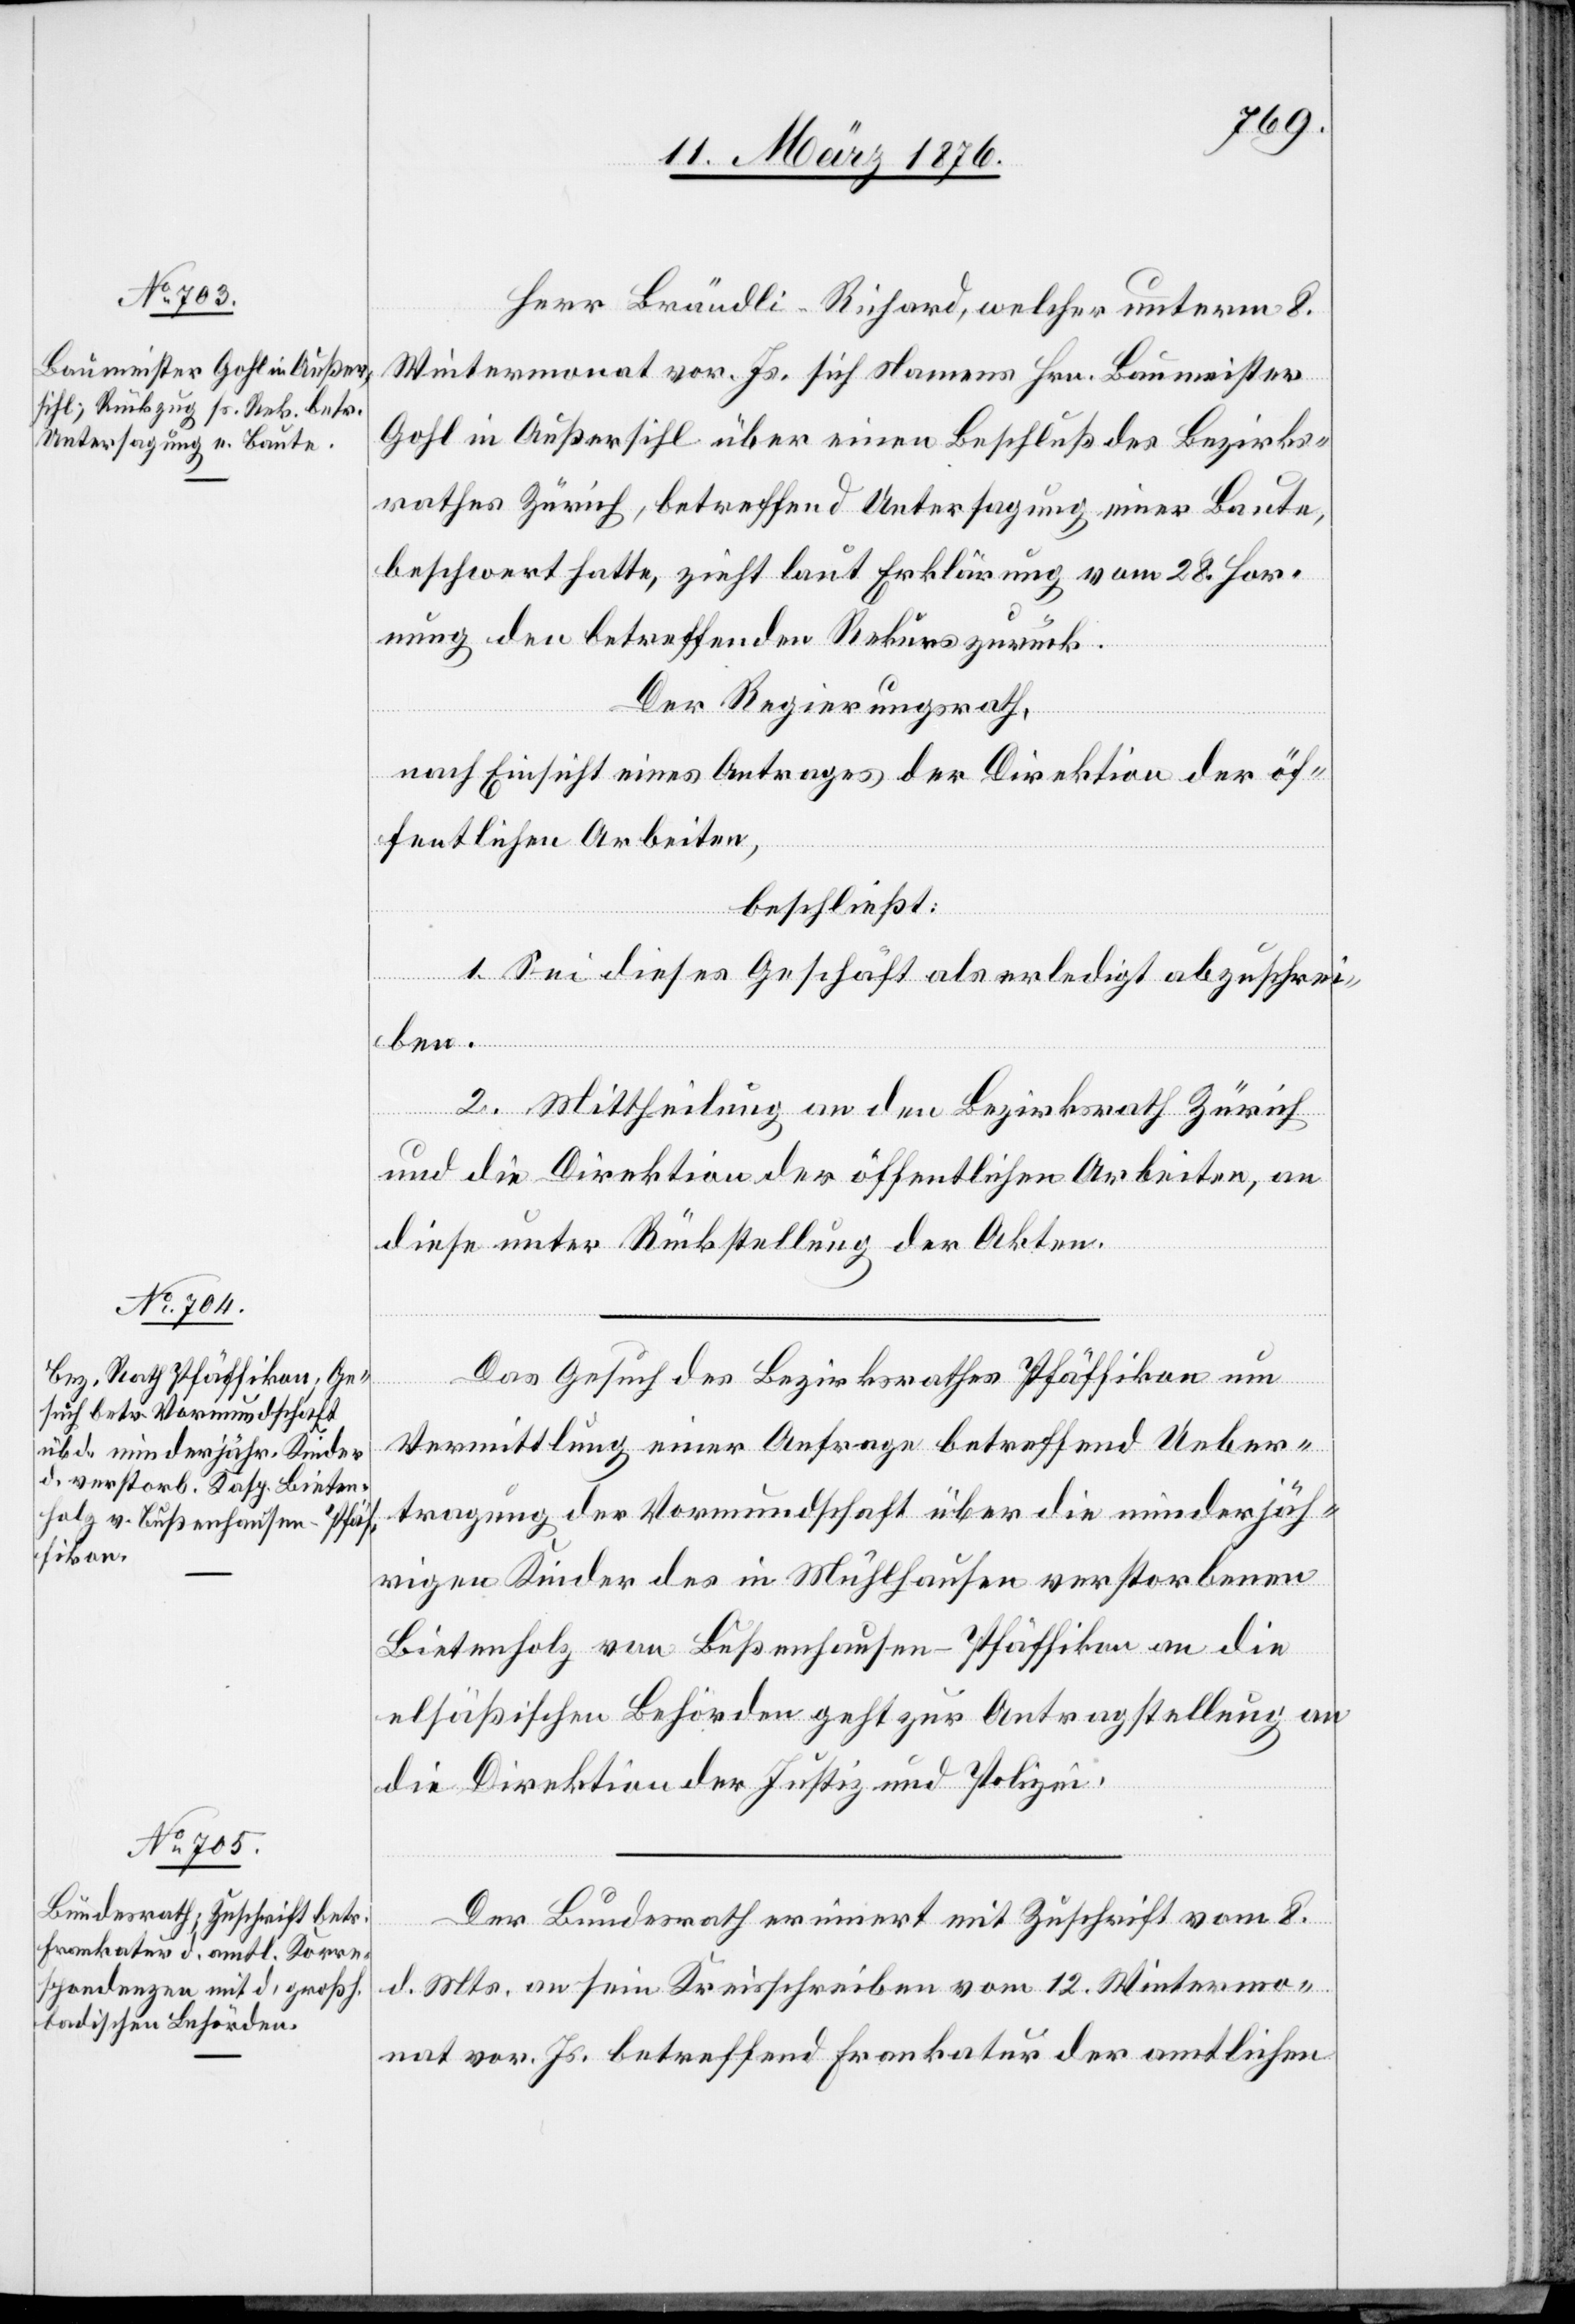
11. März 1876.]
Herr Brändli-Richard, welcher unterm 8.
Wintermonat vor. Js. sich Namens Hrn. Baumeister
Gohl in Außersihl über einen Beschluß des Bezirks¬
rathes Zürich, betreffend Untersagung einer Baute,
beschwert hatte, zieht laut Erklärung vom 28. Hor¬
nung den betreffenden Rekurs zurück.
Der Regierungsrath,
nach Einsicht eines Antrages der Direktion der öf¬
fentlichen Arbeiten,
beschließt:
1. Sie dieses Geschäft als erledigt abzuschrei¬
ben.
vom
2. Mittheilung an den Bezirksrath Zürich
und die Direktion der öffentlichen Arbeiten, an
diese unter Rückstellung der Akten.
Das Gesuch des Bezirksrathes Pfäffikon um
Vermittlung einer Anfrage betreffen Ueber¬
tragung der Vormundschaft über die minderjäh¬
rigen Kinder des in Mühlhausen verstorbenen
Bietenholz von Bußenhausen - Pfäffikon an die
elsäßischen Behörden geht zur Antragstellung an
die Direktion der Justiz und Polizei.
Der Bundesrath erinnert mit Zuschrift vom 8.
d. Mts. an sein Kreisschreiben vom 12. Wintermo¬
nat vor. Js. betreffend Frankatur der amtlichen